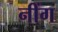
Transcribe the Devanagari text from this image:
नींग